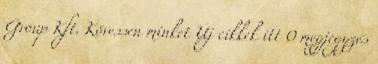
Group Kft. Kövessen minket Új cikkek itt 0 megjegyzés